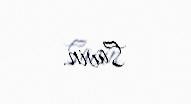
Savin.